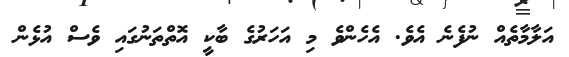
އަލާމާތެއް ނުފެނެ އެވެ. އެހެންވެ މި އަހަރުގެ ބާކީ އޮތްތަނުގައި ވެސް އުޅެން